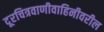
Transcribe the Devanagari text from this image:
दूरचित्रवाणीवाहिनीवरील